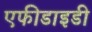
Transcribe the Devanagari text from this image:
एफीडाइडी